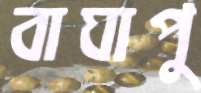
বাঘাপু